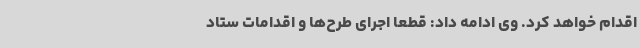
اقدام خواهد کرد. وی ادامه داد: قطعاً اجرای طرح‌ها و اقدامات ستاد